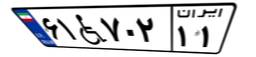
۶۱W۷۰۲۱۱